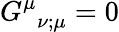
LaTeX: G_{{\, \, \, \nu};\mu}^{\mu}=0